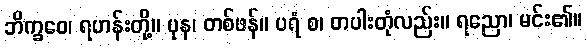
ဘိက္ခဝေ၊ ရဟန်းတို့။ ပုန၊ တစ်ဖန်။ ပရံ စ၊ တပါးတုံလည်း။ ရညော၊ မင်း၏။